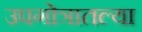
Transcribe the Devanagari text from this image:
उपगोत्रातल्या